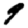
Digit: 9